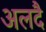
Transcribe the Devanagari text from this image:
अलदै